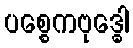
ပစ္စေကဗုဒ္ဓေါ